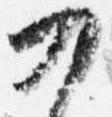
乃